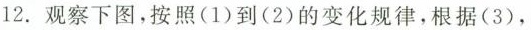
12.观察下图，按照(1)到(2)的变化规律，根据(3)，